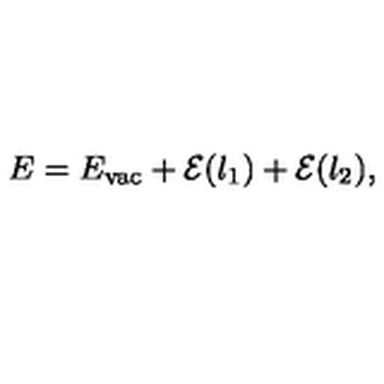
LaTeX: E = E _ { \mathrm { v a c } } + { \cal E } ( \l _ { 1 } ) + { \cal E } ( \l _ { 2 } ) ,